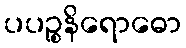
ပပဉ္စနိရောဓော